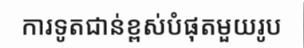
ការទូតជាន់ខ្ពស់បំផុតមួយរូប